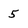
Character: 5